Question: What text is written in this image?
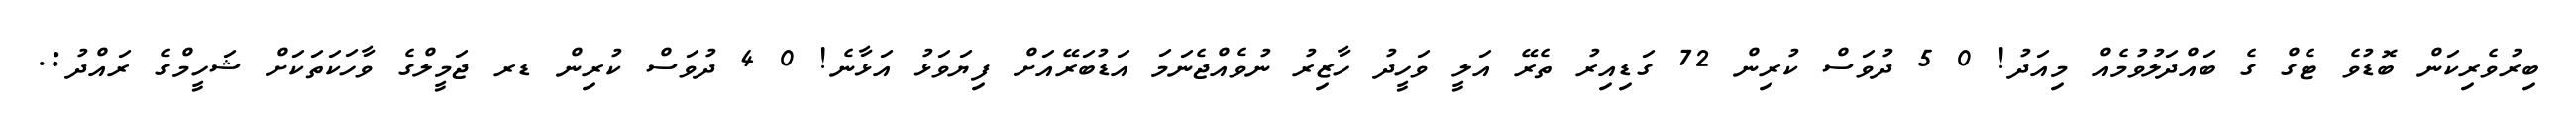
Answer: ބިރުވެރިކަން ބޮޑުވެ ޓެގް ގެ ބައްދަލުވުމެއް މިއަދު! 0 5 ދުވަސް ކުރިން 72 ގަޑިއިރު ތެރޭ އަލީ ވަހީދު ހާޒިރު ނުވެއްޖެނަމަ އަޑުބަރޭއަށް ފިޔަވަޅު އަޅާނެ! 0 4 ދުވަސް ކުރިން ޑރ ޖަމީލްގެ ވާހަކަތަކަށް ޝަހީމްގެ ރައްދު:.